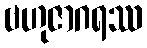
ဗဟုဇာဂရဿ